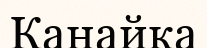
Канайка